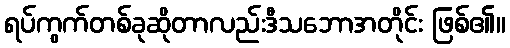
ရပ်ကွက်တစ်ခုဆိုတာလည်းဒီသဘောအတိုင်း ဖြစ်၏။